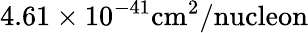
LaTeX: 4.61\times 10^{-41}\mathrm{cm}^{2}/\textrm{nucleon}